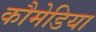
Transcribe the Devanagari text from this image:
कौमेडिया